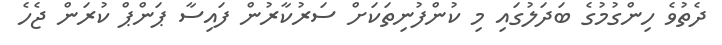
ދެތުވެ ހިންގުމުގެ ބަދަލުގައި މި ކުންފުނިތަކަށް ސަރުކާރުން ފައިސާ ޕަންޕް ކުރަން ޖެހެ